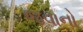
જવાનો